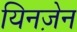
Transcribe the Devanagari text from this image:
यिनज़ेन